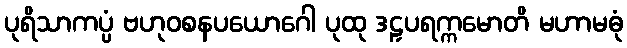
ပုရိသာကပ္ပံ ဗဟုဝစနပယောဂေါ ပုထု ဒဠှပရက္ကမောတိ မဟာမဓုံ